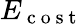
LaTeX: E_{\mathrm{~c~o~s~t~}}